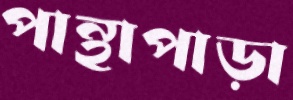
পান্থাপাড়া